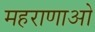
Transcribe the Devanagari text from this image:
महराणाओ